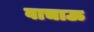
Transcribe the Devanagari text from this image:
वाचाऊ